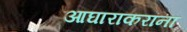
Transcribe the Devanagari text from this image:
आघाराकरांना